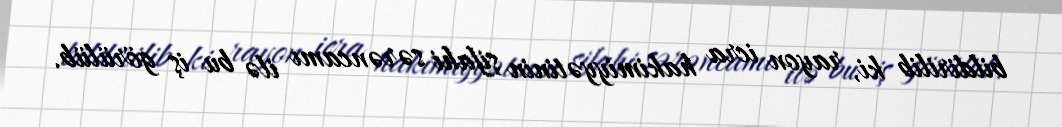
bildirilib ki, rayon icra hakimiyyətinin şifahi sərəncamı ilə bu iş görülüb.